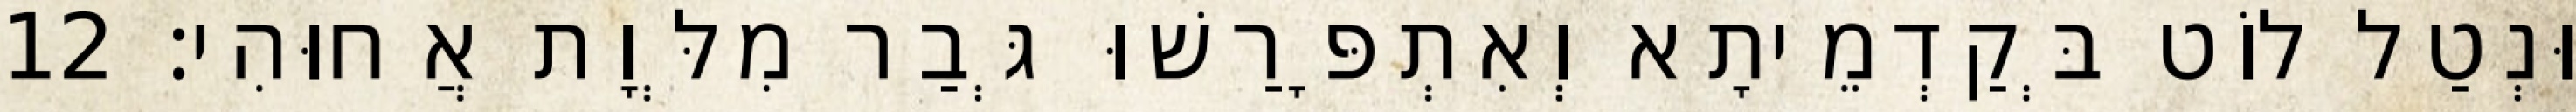
וּנְטַל לוֹט בְּקַדְמֵיתָא וְאִתְפָּרַשׁוּ גְּבַר מִלְּוָת אֲחוּהִי׃ 12